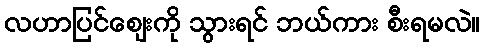
လဟာပြင်ဈေးကို သွားရင် ဘယ်ကား စီးရမလဲ။